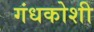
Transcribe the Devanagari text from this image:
गंधकोशी